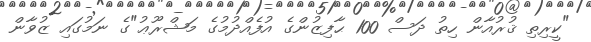
"ކީރިތި ޤުރުއާން ހިތު ދަސް 100 ޙާފިޒުންގެ އުފެއްދުމުގެ މަޝްރޫޢު"ގެ ނަމުގައި ޒުވާން